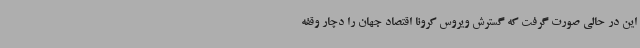
این در حالی صورت گرفت که گسترش ویروس کرونا اقتصاد جهان را دچار وقفه